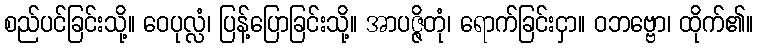
စည်ပင်ခြင်းသို့။ ဝေပုလ္လံ၊ ပြန့်ပြောခြင်းသို့။ အာပဇ္ဇိတုံ၊ ရောက်ခြင်းငှာ။ ဝဘဗ္ဗော၊ ထိုက်၏။